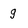
Character: g